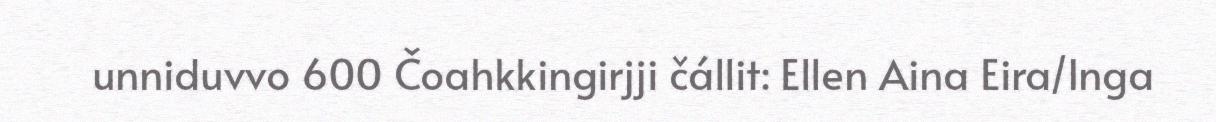
unniduvvo 600 Čoahkkingirjji čállit: Ellen Aina Eira/Inga